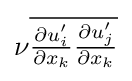
\nu {\overline {{\tfrac {\partial u_{i}^{\prime }}{\partial x_{k}}}{\tfrac {\partial u_{j}^{\prime }}{\partial x_{k}}}}}